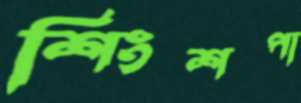
শিংশপা